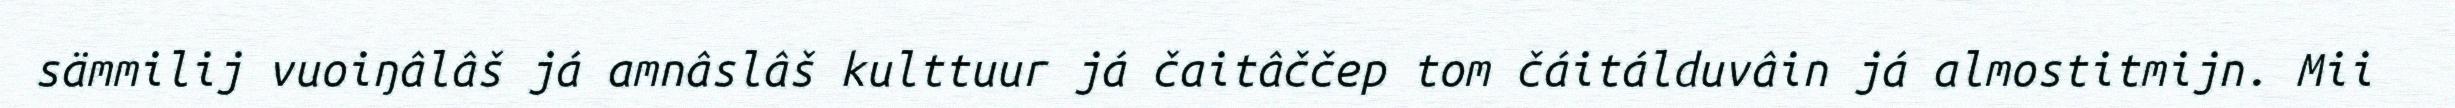
sämmilij vuoiŋâlâš já amnâslâš kulttuur já čaitâččep tom čáitálduvâin já almostitmijn. Mii